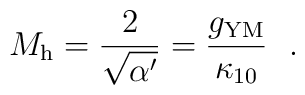
M_{\rm h} =  \frac{2}{\sqrt{\alpha'}} =  \frac{g_{\rm YM}}{\kappa_{10}}~~.